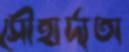
সৌহার্দ্যতা